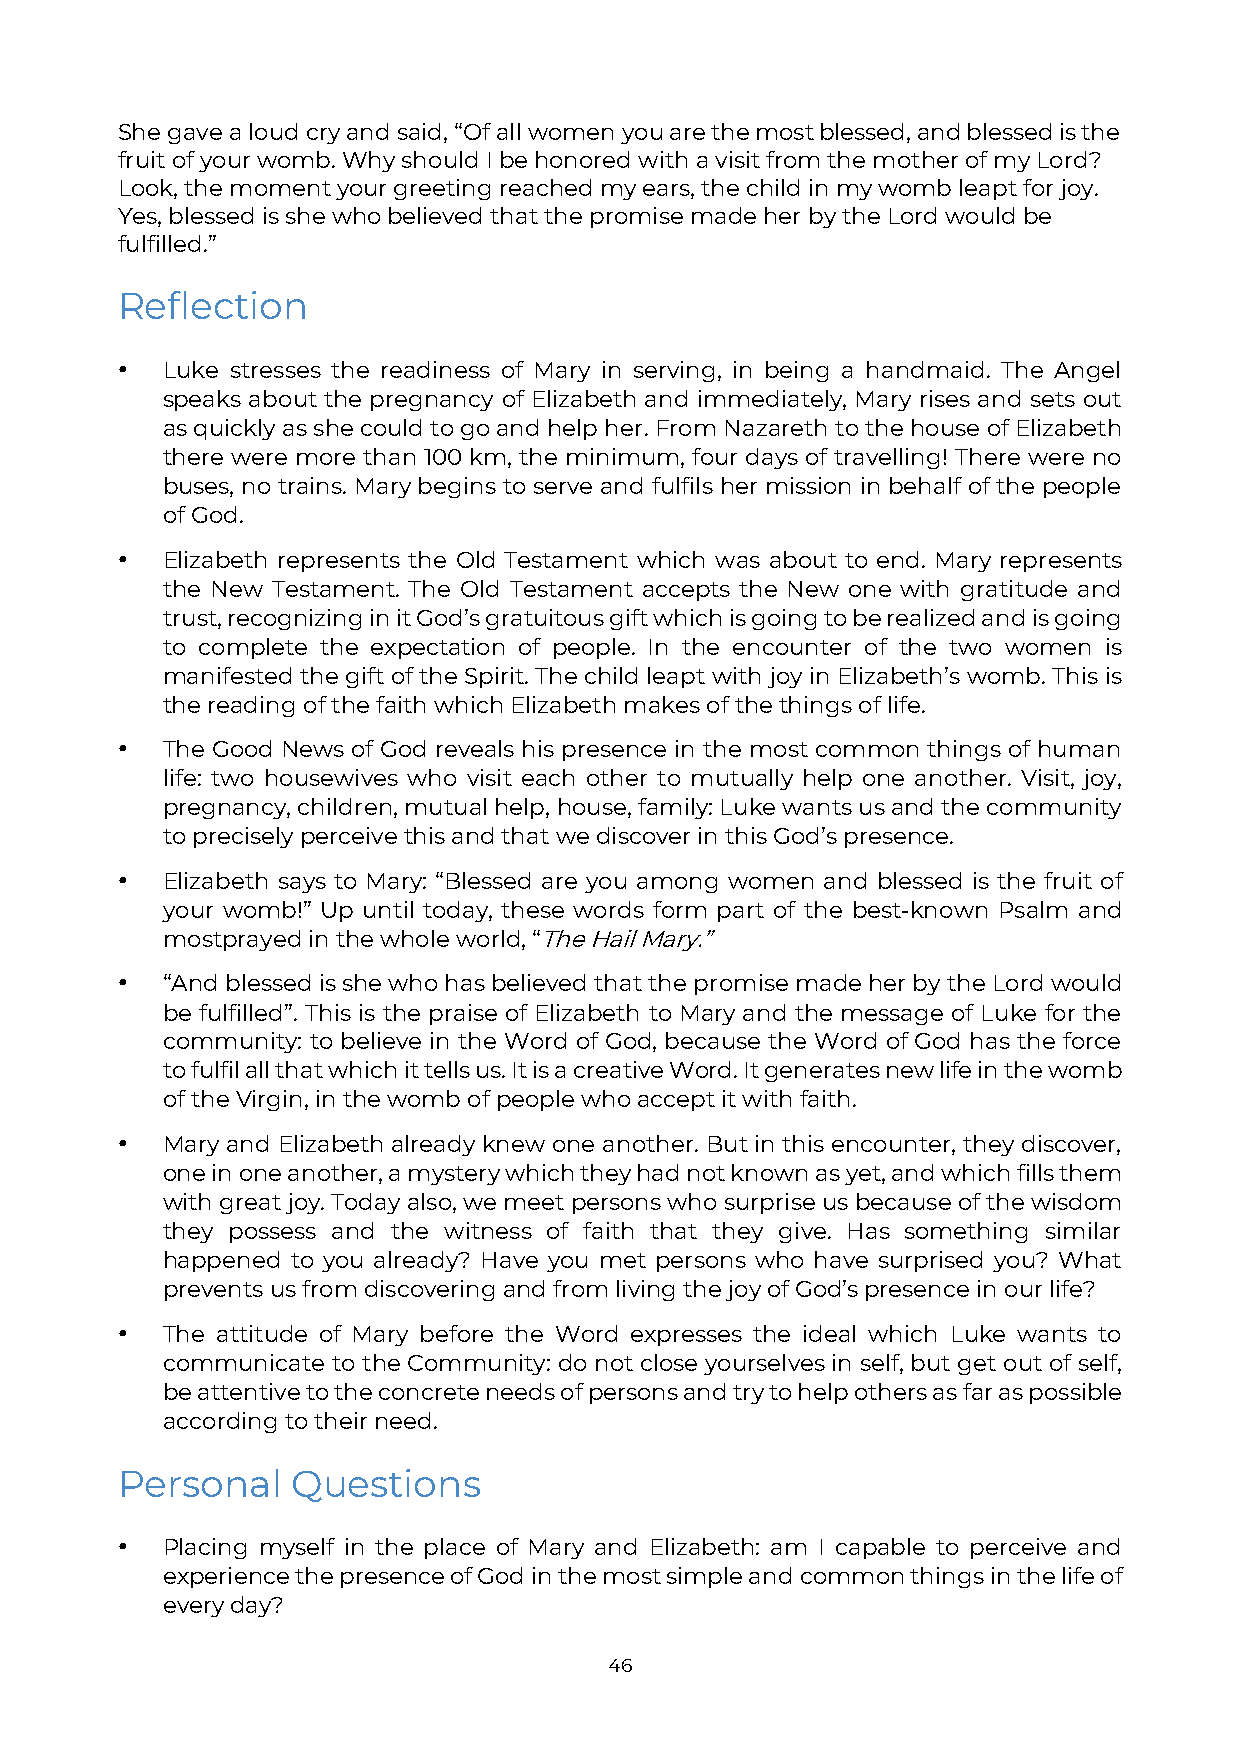
She gave a loud cry and said, “Of all women you are the most blessed, and blessed is the
 fruit of your womb. Why should I be honored with a visit from the mother of my Lord?
 Look, the moment your greeting reached my ears, the child in my womb leapt for joy.
 Yes, blessed is she who believed that the promise made her by the Lord would be
 fulfilled.”
 Reflection
 •  Luke stresses the readiness of Mary in serving, in being a handmaid. The Angel
 speaks about the pregnancy of Elizabeth and immediately, Mary rises and sets out
 as quickly as she could to go and help her. From Nazareth to the house of Elizabeth
 there were more than 100 km, the minimum, four days of travelling! There were no
 buses, no trains. Mary begins to serve and fulfils her mission in behalf of the people
 of God.
 •  Elizabeth represents the Old Testament which was about to end. Mary represents
 the New Testament. The Old Testament accepts the New one with gratitude and
 trust, recognizing in it God’s gratuitous gift which is going to be realized and is going
 to complete the expectation of people. In the encounter of the two women is
 manifested the gift of the Spirit. The child leapt with joy in Elizabeth’s womb. This is
 the reading of the faith which Elizabeth makes of the things of life.
 •  The Good News of God reveals his presence in the most common things of human
 life: two housewives who visit each other to mutually help one another. Visit, joy,
 pregnancy, children, mutual help, house, family: Luke wants us and the community
 to precisely perceive this and that we discover in this God’s presence.
 •  Elizabeth says to Mary: “Blessed are you among women and blessed is the fruit of
 your womb!” Up until today, these words form part of the best-known Psalm and
 most prayed in the whole world, “The Hail Mary.”
 •  “And blessed is she who has believed that the promise made her by the Lord would
 be fulfilled”. This is the praise of Elizabeth to Mary and the message of Luke for the
 community: to believe in the Word of God, because the Word of God has the force
 to fulfil all that which it tells us. It is a creative Word. It generates new life in the womb
 of the Virgin, in the womb of people who accept it with faith.
 •  Mary and Elizabeth already knew one another. But in this encounter, they discover,
 one in one another, a mystery which they had not known as yet, and which fills them
 with great joy. Today also, we meet persons who surprise us because of the wisdom
 they possess and the witness of faith that they give. Has something similar
 happened to you already? Have you met persons who have surprised you? What
 prevents us from discovering and from living the joy of God’s presence in our life?
 •  The attitude of Mary before the Word expresses the ideal which Luke wants to
 communicate to the Community: do not close yourselves in self, but get out of self,
 be attentive to the concrete needs of persons and try to help others as far as possible
 according to their need.
 Personal   Questions
 •  Placing myself in the place of Mary and Elizabeth: am I capable to perceive and
 experience the presence of God in the most simple and common things in the life of
 every day?
 46